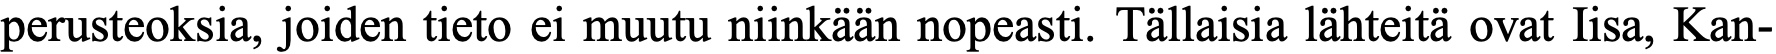
perusteoksia, joiden tieto ei muutu niinkään nopeasti. Tällaisia lähteitä ovat Iisa, Kan-